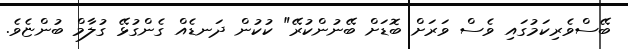
ބޭސްވެރިކަމުގައި ވެސް ވަރަށް ބޮޑަށް ބޭނުންކުރޭ" ކުކުން ދަނޑެއް ގެންގުޅޭ ގުލާމް ބުންޏެވެ.